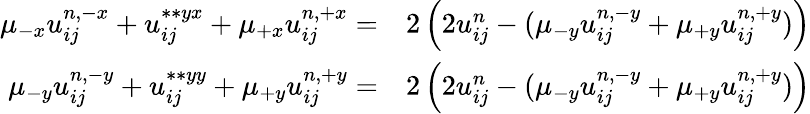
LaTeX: \begin{array}{rl}{\mu_{-x}u_{ij}^{n,-x}+u_{ij}^{\ast\ast{yx}}+\mu_{+x}u_{ij}^{n,+x}=}&{2\left(2u_{ij}^{n}-(\mu_{-y}u_{ij}^{n,-y}+\mu_{+y}u_{ij}^{n,+y})\right)}\\ {\mu_{-y}u_{ij}^{n,-y}+u_{ij}^{\ast\ast{yy}}+\mu_{+y}u_{ij}^{n,+y}=}&{2\left(2u_{ij}^{n}-(\mu_{-y}u_{ij}^{n,-y}+\mu_{+y}u_{ij}^{n,+y})\right)}\end{array}